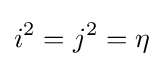
i^{2}=j^{2}=\eta